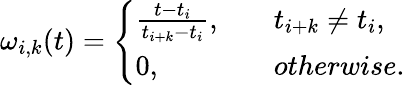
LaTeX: \omega_{i,k}(t)=\left\{ \begin{array}{ll}{\frac{t-t_{i}}{t_{i+k}-t_{i}},\quad}&{t_{i+k}\neq t_{i},}\\ {0,\quad}&{otherwise.}\end{array}\right.